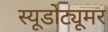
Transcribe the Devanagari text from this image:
स्यूडोट्यूमर